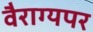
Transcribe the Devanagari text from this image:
वैराग्यपर